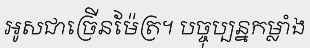
អូសជាច្រើនម៉ែត្រ។ បច្ចុប្បន្នកម្លាំង